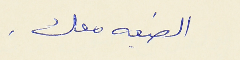
الضيعه معك .